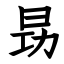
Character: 昮